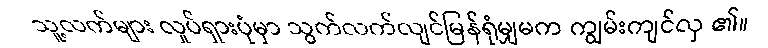
သူ့လက်များ လှုပ်ရှားပုံမှာ သွက်လက်လျင်မြန်ရုံမျှမက ကျွမ်းကျင်လှ ၏။